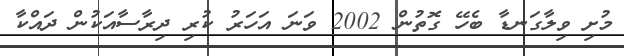
މުށި ވިލާގަނޑާ ބެހޭ ގޮތުން 2002 ވަނަ އަހަރު ކުރި ދިރާސާއަކުން ދައްކާ